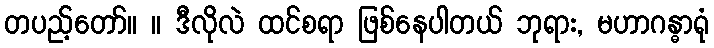
တပည့်တော်။ ။ ဒီလိုလဲ ထင်စရာ ဖြစ်နေပါတယ် ဘုရား, မဟာဂန္ဓာရုံ